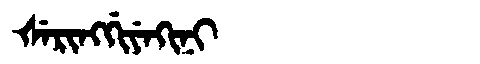
Manchu: ᡧᡝᡵᡳᠩᡤᡳᠶᡝᡴᡳᠨᡳ
Romanization: ŠERINGGIYEKINI